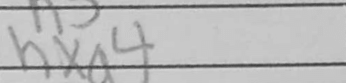
Transcription: hxg4